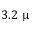
3 . 2 ~ \upmu